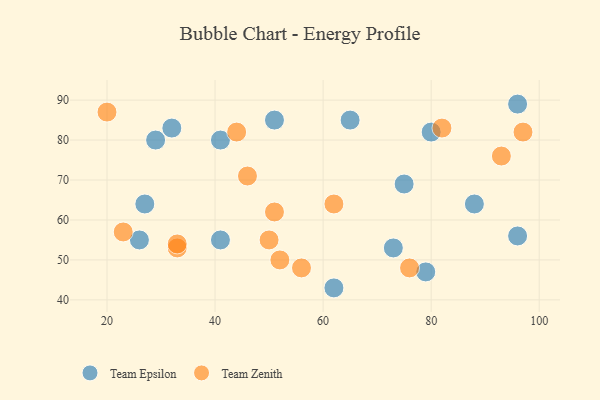
{"axis": {"x": "GDP", "y": "Life Expectancy"}, "legend": ["Team Epsilon", "Team Zenith"], "data": [{"x": "88", "y": 64, "type": "Team Epsilon"}, {"x": "51", "y": 85, "type": "Team Epsilon"}, {"x": "65", "y": 85, "type": "Team Epsilon"}, {"x": "29", "y": 80, "type": "Team Epsilon"}, {"x": "73", "y": 53, "type": "Team Epsilon"}, {"x": "27", "y": 64, "type": "Team Epsilon"}, {"x": "32", "y": 83, "type": "Team Epsilon"}, {"x": "75", "y": 69, "type": "Team Epsilon"}, {"x": "96", "y": 89, "type": "Team Epsilon"}, {"x": "80", "y": 82, "type": "Team Epsilon"}, {"x": "96", "y": 56, "type": "Team Epsilon"}, {"x": "26", "y": 55, "type": "Team Epsilon"}, {"x": "41", "y": 55, "type": "Team Epsilon"}, {"x": "62", "y": 43, "type": "Team Epsilon"}, {"x": "79", "y": 47, "type": "Team Epsilon"}, {"x": "41", "y": 80, "type": "Team Epsilon"}, {"x": "50", "y": 55, "type": "Team Zenith"}, {"x": "46", "y": 71, "type": "Team Zenith"}, {"x": "93", "y": 76, "type": "Team Zenith"}, {"x": "62", "y": 64, "type": "Team Zenith"}, {"x": "23", "y": 57, "type": "Team Zenith"}, {"x": "76", "y": 48, "type": "Team Zenith"}, {"x": "33", "y": 53, "type": "Team Zenith"}, {"x": "56", "y": 48, "type": "Team Zenith"}, {"x": "82", "y": 83, "type": "Team Zenith"}, {"x": "20", "y": 87, "type": "Team Zenith"}, {"x": "51", "y": 62, "type": "Team Zenith"}, {"x": "33", "y": 54, "type": "Team Zenith"}, {"x": "44", "y": 82, "type": "Team Zenith"}, {"x": "52", "y": 50, "type": "Team Zenith"}, {"x": "97", "y": 82, "type": "Team Zenith"}]}